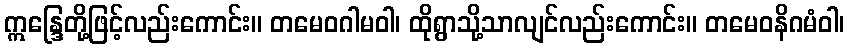
ဣန္ဒြေတို့ဖြင့်လည်းကောင်း။ တမေဝဂါမဝါ၊ ထိုရွာသို့သာလျင်လည်းကောင်း။ တမေဝနိဂမံဝါ၊